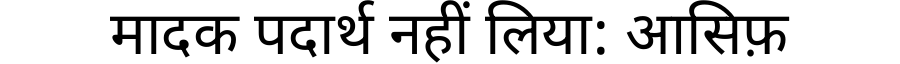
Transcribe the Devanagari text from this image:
मादक पदार्थ नहीं लिया: आसिफ़